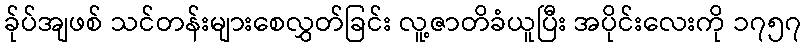
ခ်ုပ်အျဖစ် သင်တန်းများစေလွှတ်ခြင်း လူ့ဇာတိခံယူပြီး အပိုင်းလေးကို ၁၇၅၇